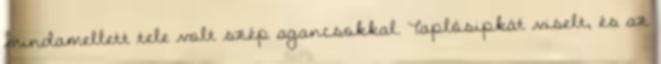
mindamellett tele volt szép agancsokkal. Taplósipkát viselt, és az